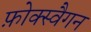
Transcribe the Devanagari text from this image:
फ़ोक्स्वैगन